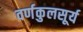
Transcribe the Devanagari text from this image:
वर्णकुलसूर्य